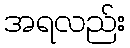
အရလည်း